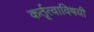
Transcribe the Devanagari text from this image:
कर्तृत्वाविषयी